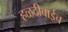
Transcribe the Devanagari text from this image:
हळदीबाईच